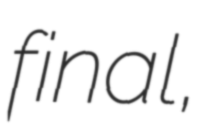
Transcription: final,